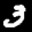
Label: 3